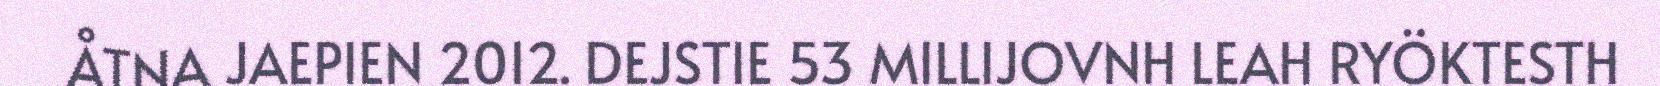
ÅTNA JAEPIEN 2012. DEJSTIE 53 MILLIJOVNH LEAH RYÖKTESTH